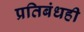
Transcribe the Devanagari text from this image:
प्रतिबंधही